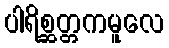
ပါရိစ္ဆတ္တကမူလေ